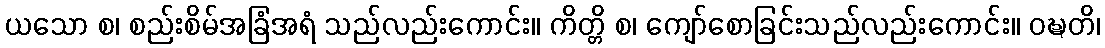
ယသော စ၊ စည်းစိမ်အခြံအရံ သည်လည်းကောင်း။ ကိတ္တိ စ၊ ကျော်စောခြင်းသည်လည်းကောင်း။ ဝဍ္ဎတိ၊